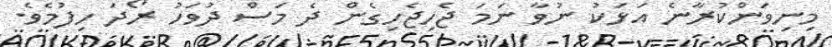
މިނިވަންކުރާނެ އަޅަކު ނުވާ ނަމަ ޖެހިޖެހިގެން ދެ މަސް ދުވަހު ރޯދަ ހިފުމެވެ.